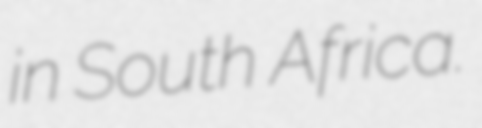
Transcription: in South Africa.